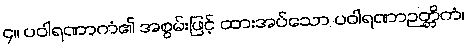
၄။ ပဝါရဏာကံ၏ အစွမ်းဖြင့် ထားအပ်သော ပဝါရဏာဉတ္တိကံ၊